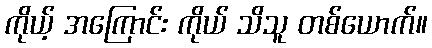
ကိုယ့် အကြောင်း ကိုယ် သိသူ တစ်ယောက်။